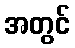
အတွင်